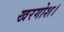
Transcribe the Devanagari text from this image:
खरगोश।